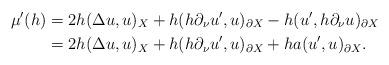
LaTeX: \begin{align*}\mu'(h) &= 2h (\Delta u, u)_X + h(h\partial_\nu u', u)_{\partial X} -h(u', h\partial_\nu u)_{\partial X}\\&= 2h ( \Delta u, u )_X +h(h\partial_\nu u', u)_{\partial X} + ha(u', u)_{\partial X}.\end{align*}